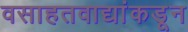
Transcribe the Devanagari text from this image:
वसाहतवाद्यांकडून